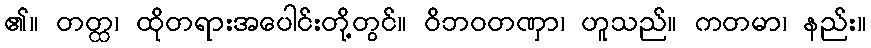
၏။ တတ္ထ၊ ထိုတရားအပေါင်းတို့တွင်။ ဝိဘဝတဏှာ၊ ဟူသည်။ ကတမာ၊ နည်း။